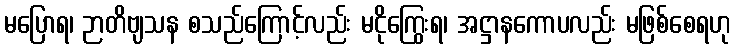
မပြောရ၊ ဉာတိဗျသန စသည်ကြောင့်လည်း မငိုကြွေးရ၊ အဋ္ဌာနကောပလည်း မဖြစ်စေရဟု